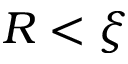
R < \xi